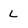
Character: L